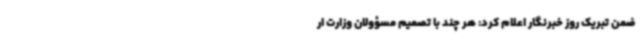
ضمن تبریک روز خبرنگار اعلام کرد: هر چند با تصمیم مسؤولان وزارت ار